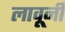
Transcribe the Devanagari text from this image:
लावूनी